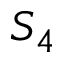
S _ { 4 }